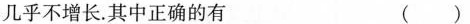
几乎不增长。其中正确的有 ( )